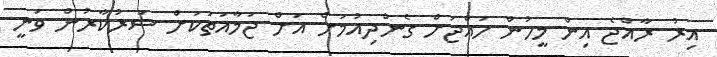
އިރު ރާއްޖެ އިން މީހުން ހައްޖަށް ގެންދިއުމަށް އަށް ޖަމާއަތަކަށް ސަރުކާރުން ވަނީ